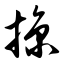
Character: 掠